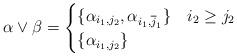
LaTeX: \begin{align*} \alpha \vee \beta = \begin{cases} \{ \alpha_{i_1, j_2}, \alpha_{i_1, \overline{j}_1}\} & i_2 \geq j_2 \\ \{\alpha_{i_1, j_2}\} & \end{cases} \end{align*}